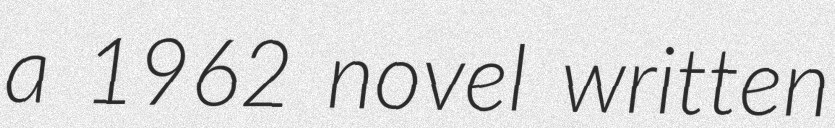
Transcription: a 1962 novel written